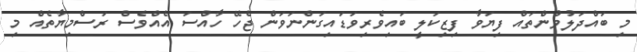
މި ބައްދަލުވުންތައް ފިޔަވާ ފިޒިކަލީ ބައިވެރިވަޑައިގަންނަވަން ޖެހޭ ހާއްސަ އެއްވެސް ރަސްމިޔާތެއް މި